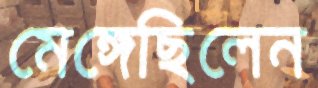
মেঙ্গেছিলেন